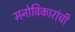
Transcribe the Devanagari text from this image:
मनोविकारांची